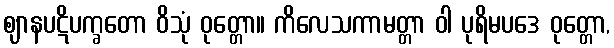
ဈာနပဋိပက္ခတော ဝိသုံ ဝုတ္တော။ ကိလေသကာမတ္တာ ဝါ ပုရိမပဒေ ဝုတ္တော,